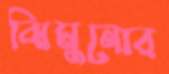
ঝিমুনোর